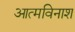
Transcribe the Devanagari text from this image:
आत्मविनाश